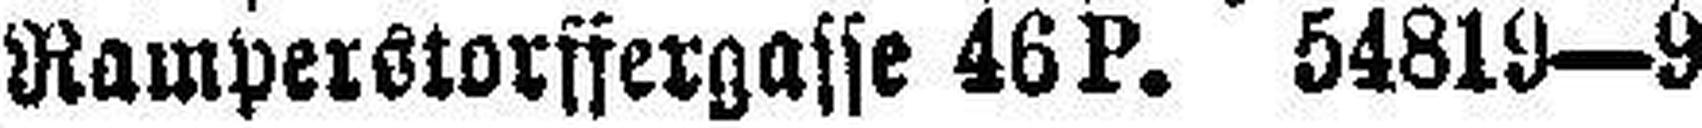
Ramperstorffergasse 46 P. 54819—9